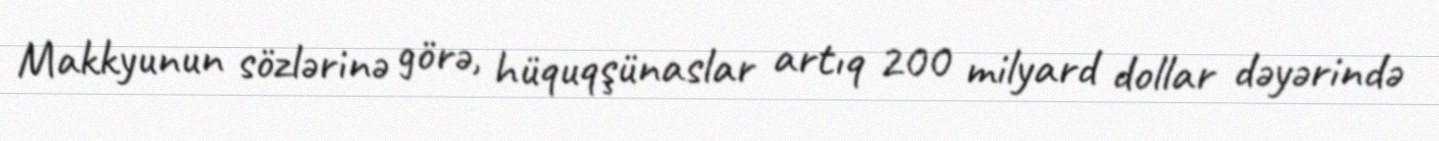
Makkyunun sözlərinə görə, hüquqşünaslar artıq 200 milyard dollar dəyərində